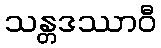
သန္တဒဿာဝီ